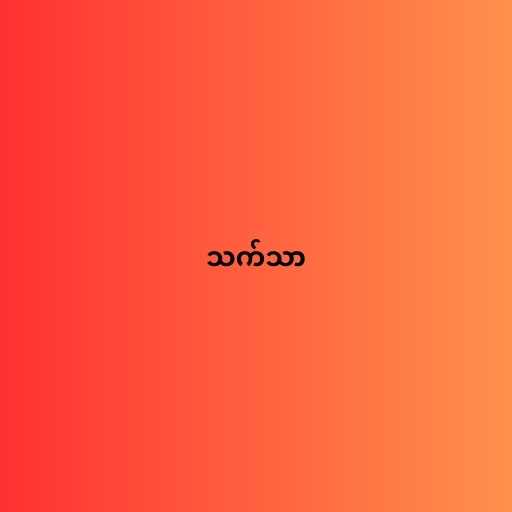
သက်သာ